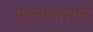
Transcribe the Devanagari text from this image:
महत्प्रयासाचे